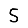
Digit: 5